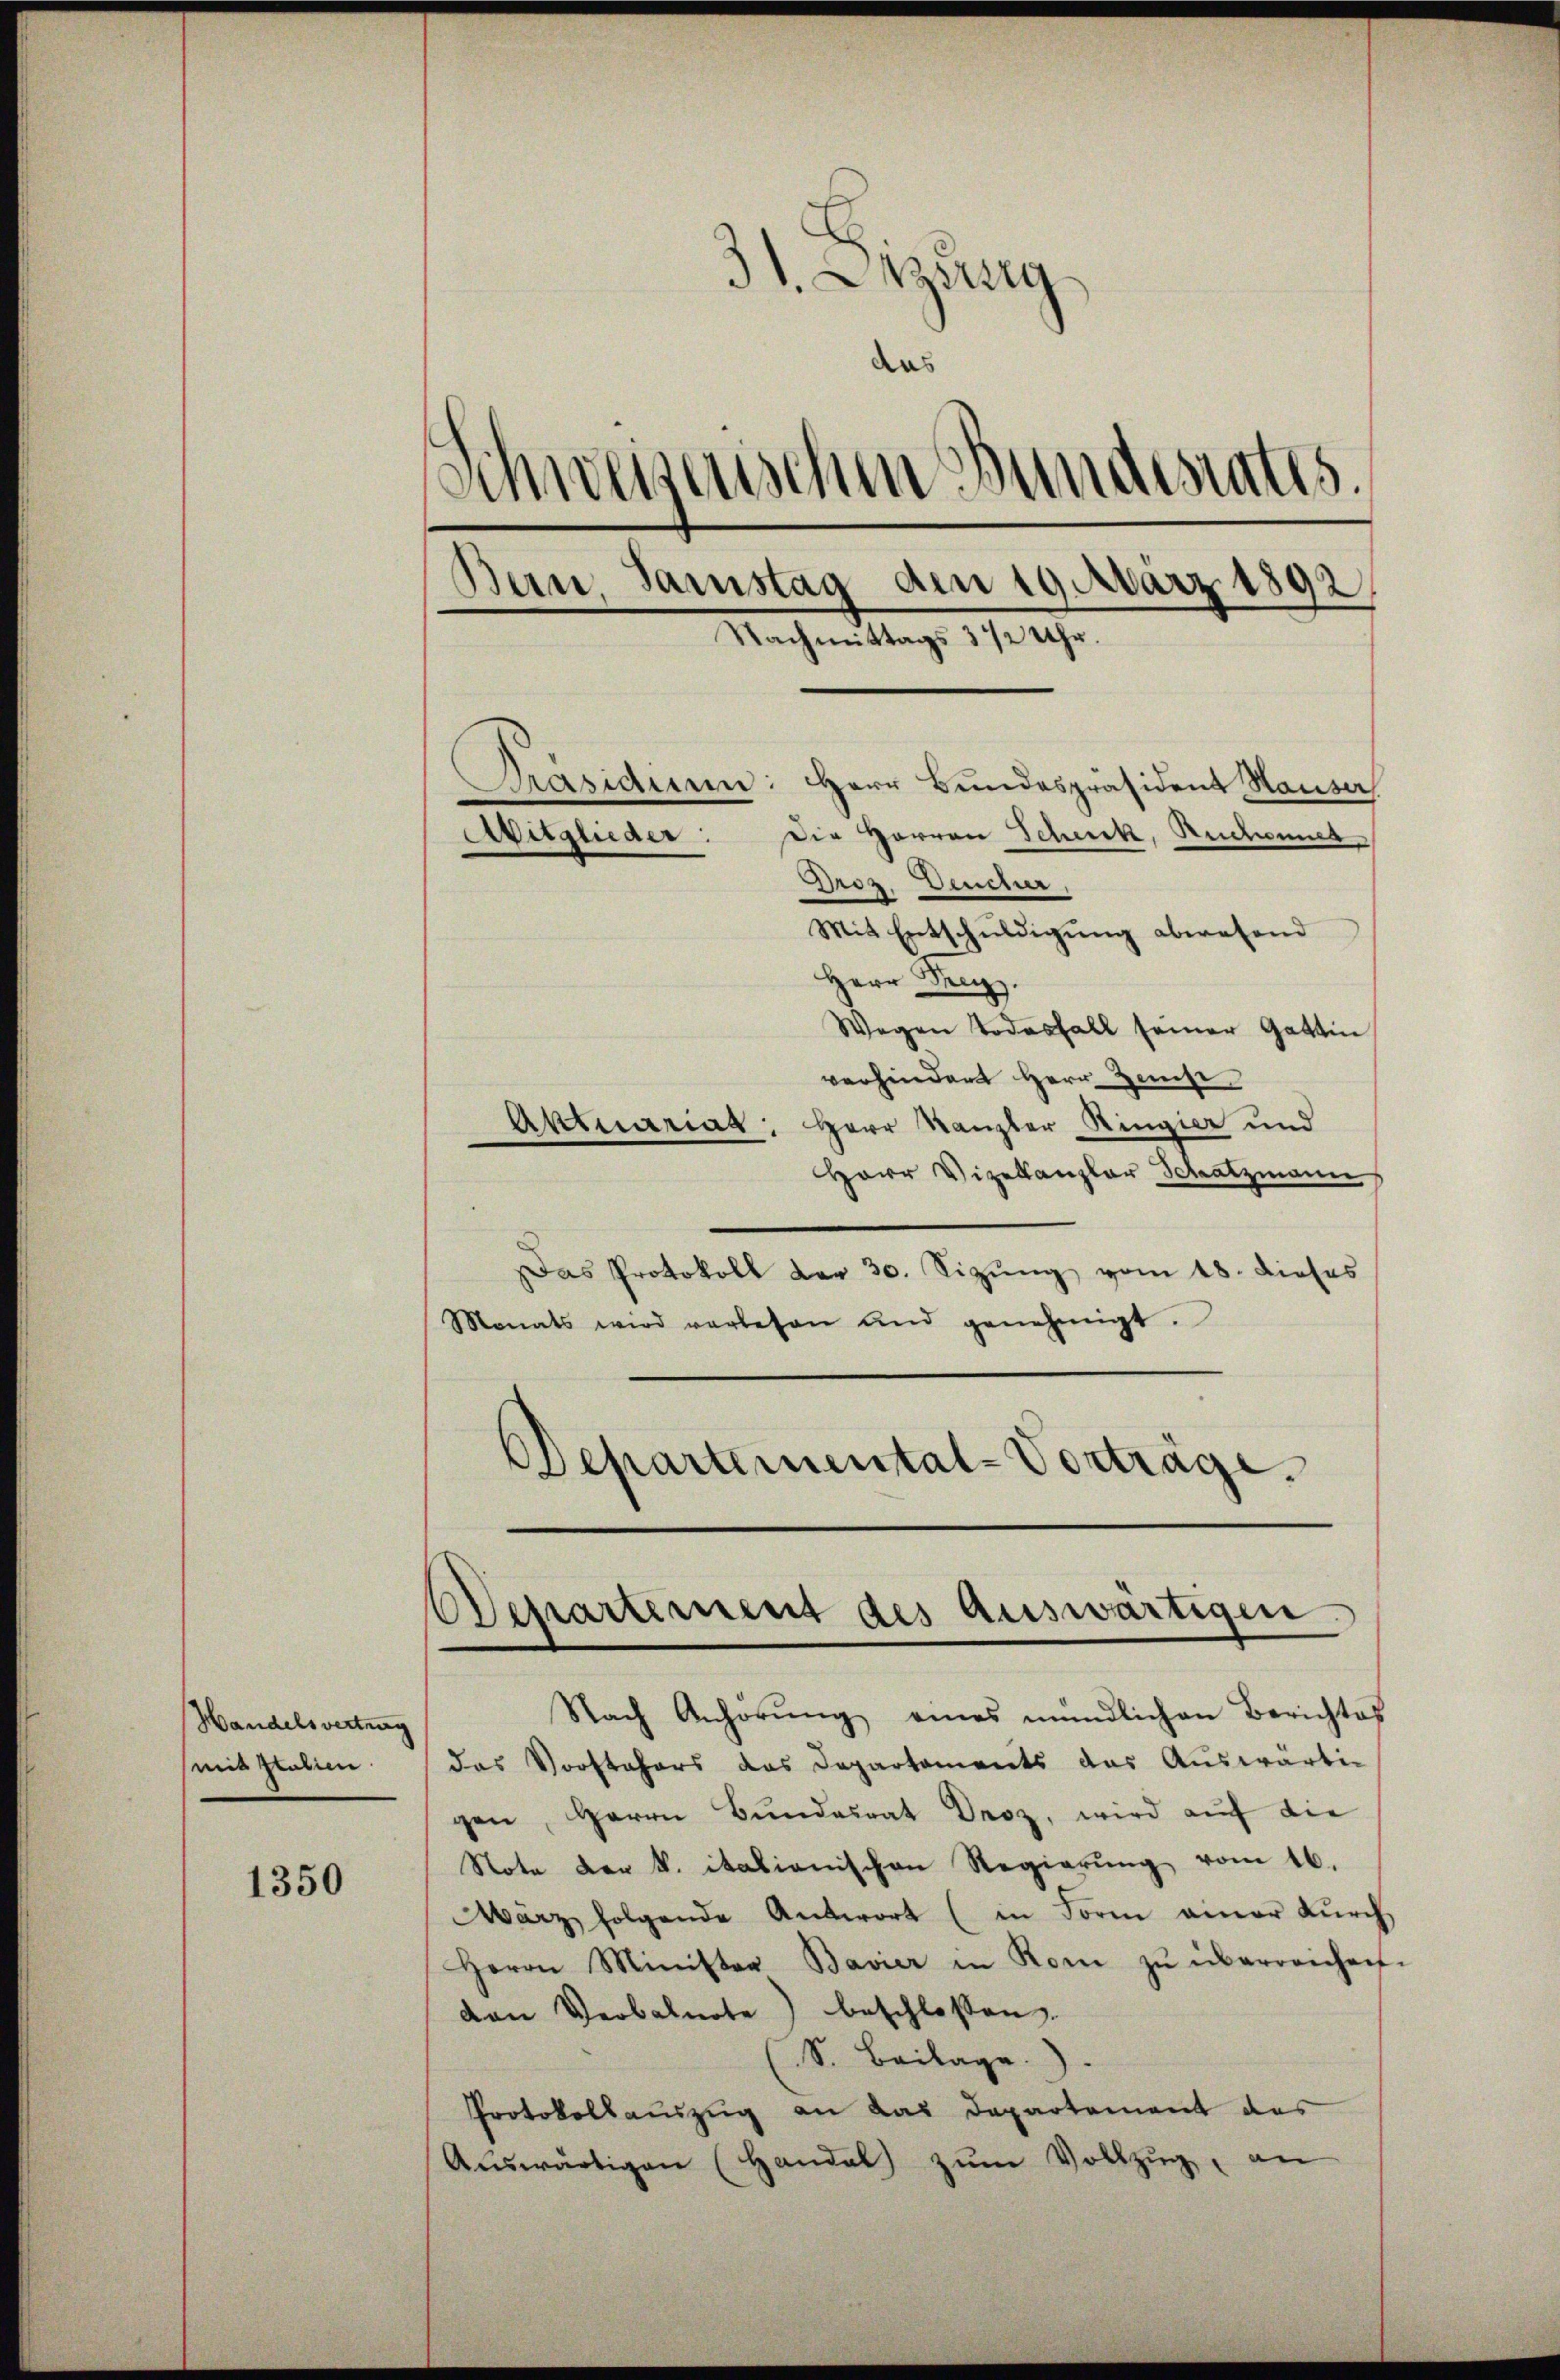
Handelsvertrag
mit Italien.

1350

31. Anzeig
das
Schweizerischen Bundesrates.
Bern, Samstag am 19 März 1892
Nachmittags 1 1/2 Uhr.
Präsidium: Herr Bundespräsident Hausa
Die Herren Scheck, Ruchet,
Witglieder:
Droz. Deucher.
Mit Entschuldigung abwesend

Herr Dec.
Wegen Todesfall seiner Gattin
verhindert Herr Zinse
Aktuariat: Herr Kanzler Ringier und
Herr Vizekanzler Schatzmann
Das Protokoll der 30. Sizung vom 18. dieses
Monats wird verlesen und genehmigt.
Departemental-Vorträge.

Nach Anhörŭng eines mündlichen Berichtes
das Vorstehers das Departaments das Auswärtig
gen, Herrn Bundesrat Droz, wird auf die
Note der k. italienischen Regierung vom 16.
März folgende Antwort (in Form amer dŭrch
Herrn Minister Bavier in Rom zŭ überreichen-
van Verbalnote) beschlossen.
S. Beilage.
Protokollauszug an das Departement das
Aŭswärtigen (Handal zŭm Vollzŭg an

Departement des auswärtigen